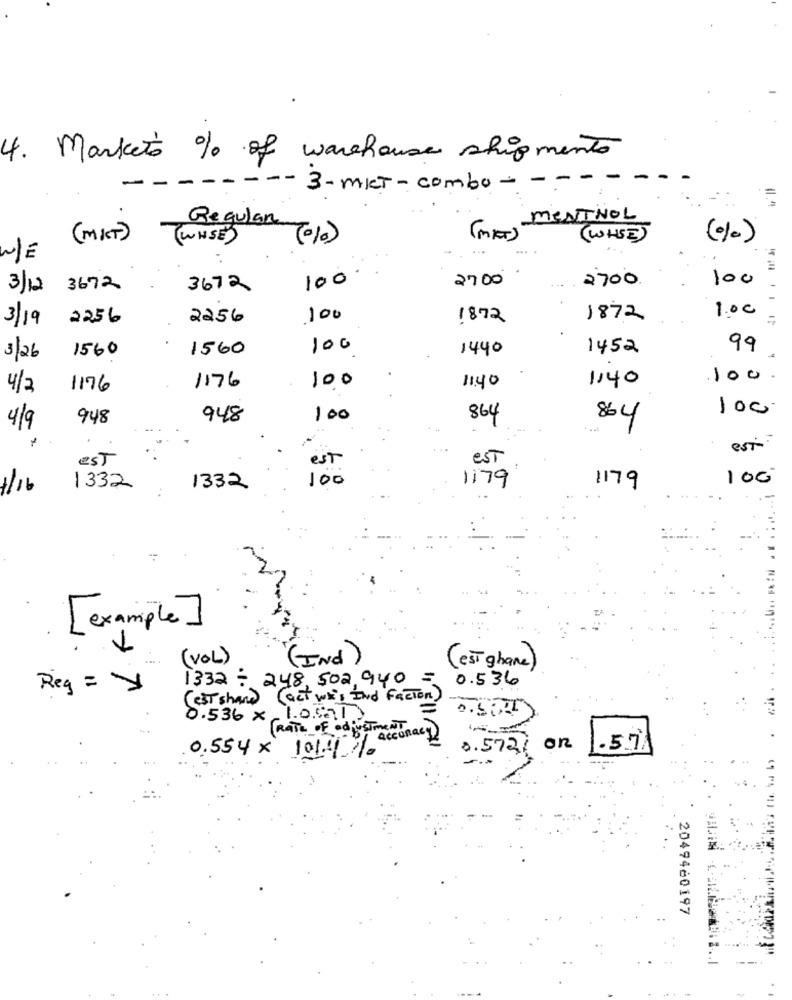
4. Markets % of warehouse shipments
-- 3-MIT - combo - -
Regular
(MA)-MENTHOL
( MIT )
(WNSE)
( WHITE)
(%)
(0%)
W/E
100
2700
100
3/12
3672
3672
2700
3/19
2256
2256
100
1872
1872
1.00
1560
100
1440
1452
99
3/26
1560
100
11.40
1140
100.
4/2
1176
1176
100
948
948
100
864
864
4/9
est
est
est
est
100
1179
100
1/16
1332
1332
1179
[example ]
-
( VOL )
(INd)
(est ghane)
1332 : 248,502.940
0.536
Reg = y
(EST shard (act wk's Ind Factor)
=
0.536 × 1.0.571
[RATE OF adjustment
accuracy
0.554 × 10140.%
0.572/ on
2049460197